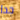
جدا